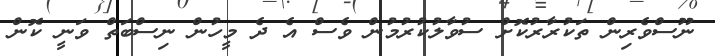
ނޫސްވެރިން ތަކުރާރުކޮށް ސުވާލުކުރުމުން ވެސް އެ ދެ މީހުން ނިސްބަތް ވަނީ ކޮން